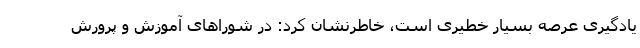
یادگیری عرصه بسیار خطیری است، خاطرنشان کرد: در شوراهای آموزش و پرورش